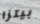
بيتزا